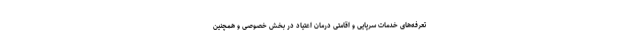
تعرفه‌های خدمات سرپایی و اقامتی درمان اعتیاد در بخش خصوصی و همچنین